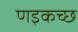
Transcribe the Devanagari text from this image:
णइकच्छ